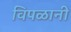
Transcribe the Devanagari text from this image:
विपळानी